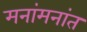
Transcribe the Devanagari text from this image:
मनांमनांत